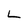
Character: L